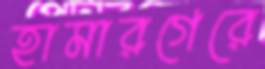
হামারগেরে